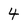
Character: 4